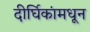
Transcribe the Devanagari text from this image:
दीर्घिकांमधून